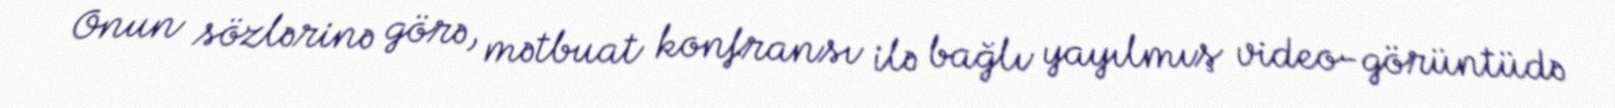
Onun sözlərinə görə, mətbuat konfransı ilə bağlı yayılmış video-görüntüdə